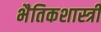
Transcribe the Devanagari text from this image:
भैतिकशास्त्री